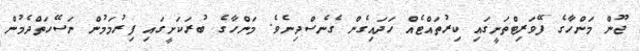
ޖޫން މަންހާގެ ފޭވަރިޓްތަށީގައި ކިރުތައްޓެއް ހަދައިގެން ގެނެސްދިނެވެ. މަންހާގެ ބުރަކަށީގައި ފިރުމަމުން ނަސޭހަތްދެމުން